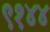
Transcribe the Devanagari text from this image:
९१४४